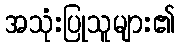
အသုံးပြုသူများ၏